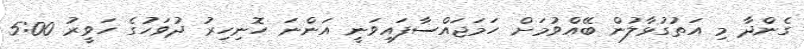
ގެންދާ މި އަތުގުޅާލުން ބޭއްވުމަށް ހަމަޖައްސާފައިވަނީ އަންނަ ހޮނިހިރު ދުވަހުގެ ހަވީރު 5:00